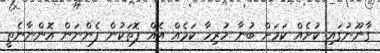
ގާނޫނުގައި ކުށެއް ކަމަށް ބުނާ ހުރިހާ ކަމެއް އެއް ފޮތަކުން ފެންނަން އޮންނާނެތީ